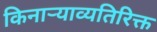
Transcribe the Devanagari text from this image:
किनाऱ्याव्यतिरिक्त